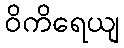
ဝိကိရေယျ